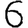
Digit: 6